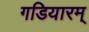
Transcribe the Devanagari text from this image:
गडियारम्